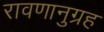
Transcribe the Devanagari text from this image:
रावणानुग्रह